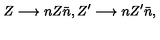
Z \longrightarrow n Z \bar { n } , Z ^ { \prime } \longrightarrow n Z ^ { \prime } \bar { n } ,